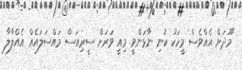
"މޫދަށް އެއްވެސް މީހަކު ކުނި ނާޅަންވީ. މިއީ ވަރަށް ސީރިއަސް މައްސަލައެއް އެއްލާލާ